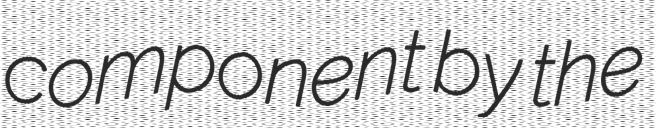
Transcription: component by the